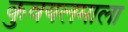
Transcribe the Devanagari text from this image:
कुवयलमाला